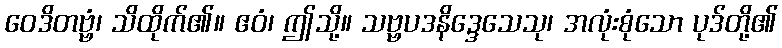
ဝေဒိတဗ္ဗံ၊ သိထိုက်၏။ ဧဝံ၊ ဤသို့။ သဗ္ဗပဒနိဒ္ဒေသေသု၊ အလုံးစုံသော ပုဒ်တို့၏